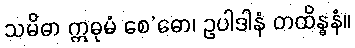
သမိဓာ ဣဓုမံ စေ’ဓော၊ ဥပါဒါနံ တထိန္ဓနံ။